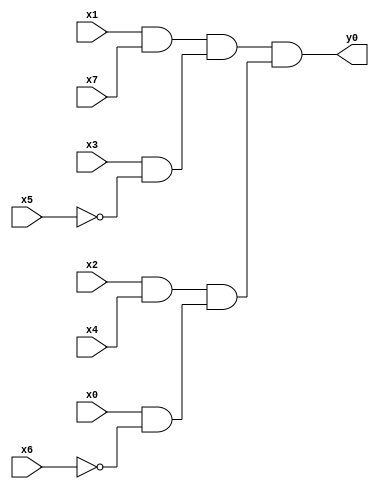
module top( x0 , x1 , x2 , x3 , x4 , x5 , x6 , x7 , y0 );
  input x0 , x1 , x2 , x3 , x4 , x5 , x6 , x7 ;
  output y0 ;
  wire n9 , n10 , n11 , n12 , n13 , n14 , n15 ;
  assign n9 = x1 & x7 ;
  assign n10 = x3 & ~x5 ;
  assign n11 = n9 & n10 ;
  assign n12 = x2 & x4 ;
  assign n13 = x0 & ~x6 ;
  assign n14 = n12 & n13 ;
  assign n15 = n11 & n14 ;
  assign y0 = n15 ;
endmodule